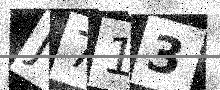
Text: J713